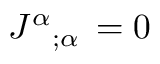
J ^ { \alpha } { } _ { ; \alpha } \, = 0